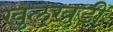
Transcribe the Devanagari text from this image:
खुलखुडी